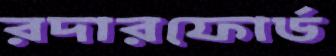
রদারফোর্ড